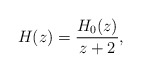
\begin{align*}H(z) = \frac{H_0(z)}{z+2} ,\end{align*}